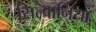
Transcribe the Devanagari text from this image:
सिल्वानिया